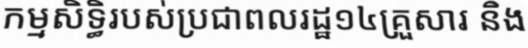
កម្មសិទ្ធិរបស់ប្រជាពលរដ្ឋ១៤គ្រួសារ និង